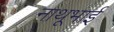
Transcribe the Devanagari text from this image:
नाथूभाई